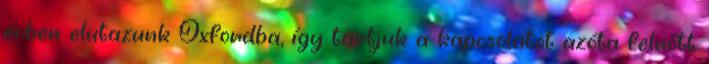
évben elutazunk Oxfordba, így tartjuk a kapcsolatot azóta felnőtt